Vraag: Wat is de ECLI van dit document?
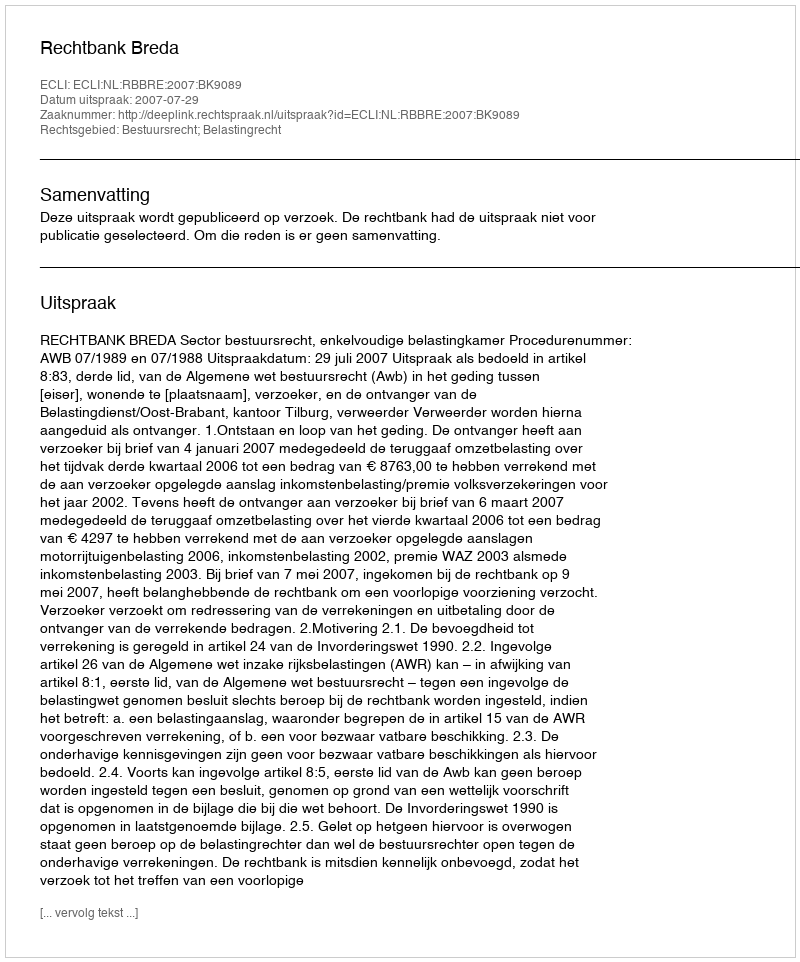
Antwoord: ECLI:NL:RBBRE:2007:BK9089